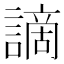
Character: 謫